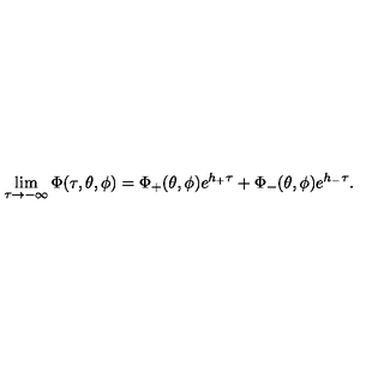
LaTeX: \lim _ { \tau \to - \infty } \Phi ( \tau , \theta , \phi ) = \Phi _ { + } ( \theta , \phi ) e ^ { h _ { + } \tau } + \Phi _ { - } ( \theta , \phi ) e ^ { h _ { - } \tau } .